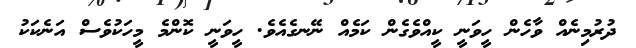
ދުރުމިނެއް ވާހެން ހީވަނީ ކީއްވެގެން ކަމެއް ނޭނގެއެވެ. ހީވަނީ ކޮންމެ މީހަކުވެސް އަނެކަކު